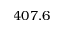
4 0 7 . 6